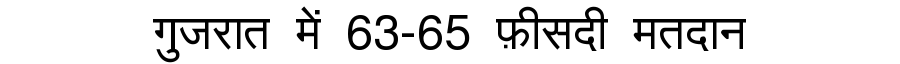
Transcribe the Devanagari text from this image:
गुजरात में 63-65 फ़ीसदी मतदान